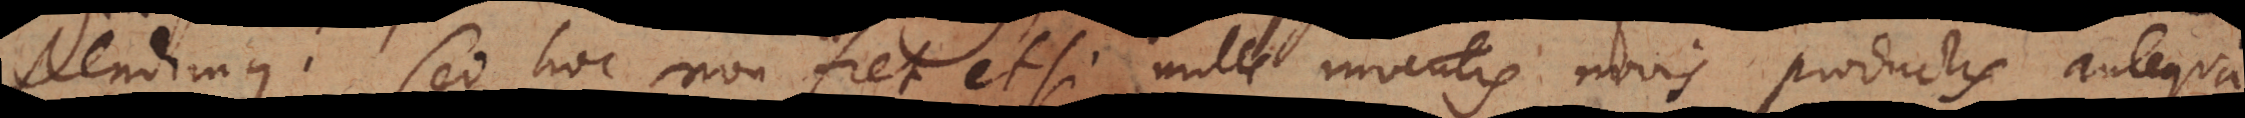
stendi- mus. Sed hoc non fiet etsi mille inventis novis productis, antequam